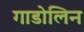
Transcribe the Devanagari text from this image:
गाडोलिन